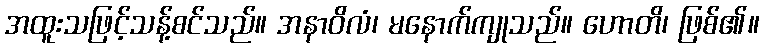
အထူးသဖြင့်သန့်စင်သည်။ အနာဝိလံ၊ မနောက်ကျုသည်။ ဟောတိ၊ ဖြစ်၏။